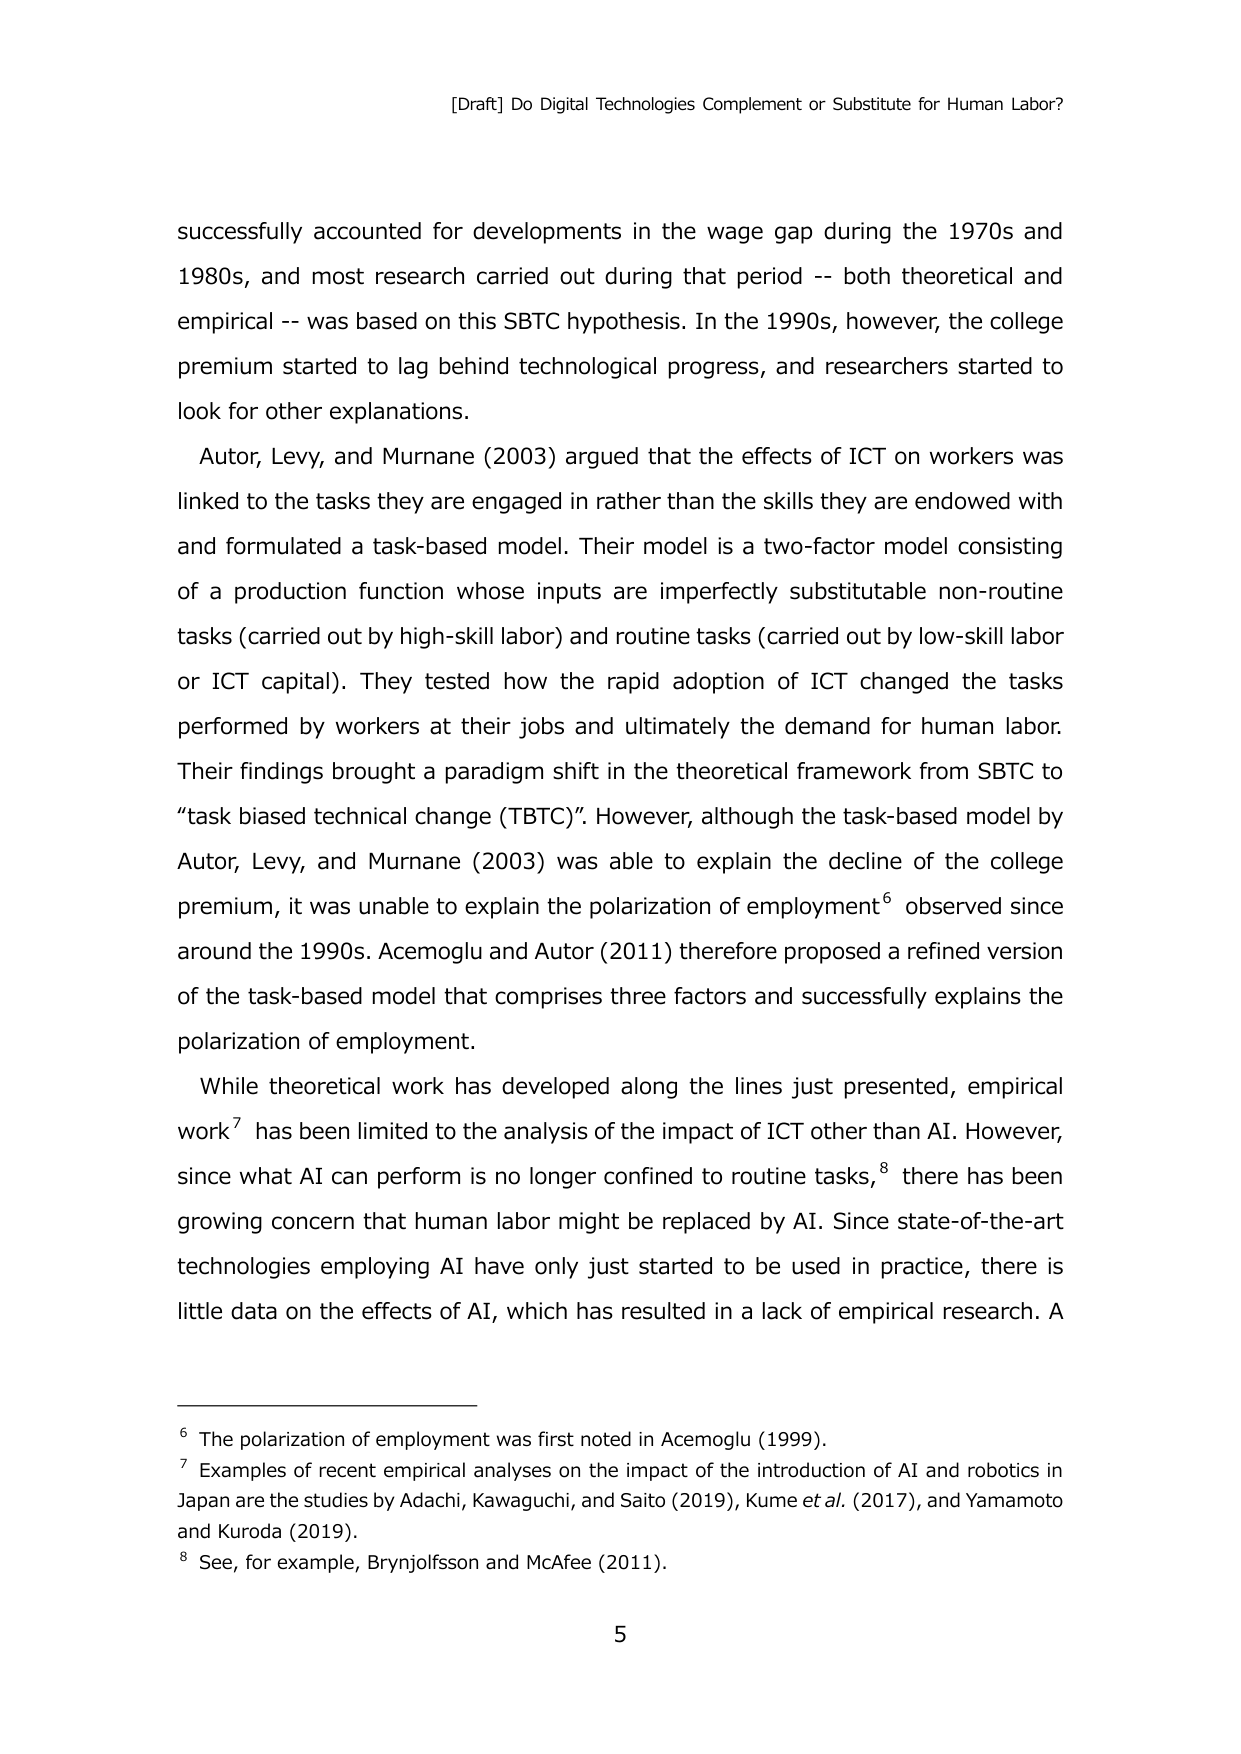
[Draft] Do Digital Technologies Complement or Substitute for Human Labor?

successfully accounted for developments in the wage gap during the 1970s and 1980s, and most research carried out during that period -- both theoretical and empirical -- was based on this SBTC hypothesis. In the 1990s, however, the college premium started to lag behind technological progress, and researchers started to look for other explanations.

Autor, Levy, and Murnane (2003) argued that the effects of ICT on workers was linked to the tasks they are engaged in rather than the skills they are endowed with and formulated a task-based model. Their model is a two-factor model consisting of a production function whose inputs are imperfectly substitutable non-routine tasks (carried out by high-skill labor) and routine tasks (carried out by low-skill labor or ICT capital). They tested how the rapid adoption of ICT changed the tasks performed by workers at their jobs and ultimately the demand for human labor. Their findings brought a paradigm shift in the theoretical framework from SBTC to “task biased technical change (TBTC)”. However, although the task-based model by Autor, Levy, and Murnane (2003) was able to explain the decline of the college premium, it was unable to explain the polarization of employment⁶ observed since around the 1990s. Acemoglu and Autor (2011) therefore proposed a refined version of the task-based model that comprises three factors and successfully explains the polarization of employment.

While theoretical work has developed along the lines just presented, empirical work⁷ has been limited to the analysis of the impact of ICT other than AI. However, since what AI can perform is no longer confined to routine tasks,⁸ there has been growing concern that human labor might be replaced by AI. Since state-of-the-art technologies employing AI have only just started to be used in practice, there is little data on the effects of AI, which has resulted in a lack of empirical research. A

⁶ The polarization of employment was first noted in Acemoglu (1999).
⁷ Examples of recent empirical analyses on the impact of the introduction of AI and robotics in Japan are the studies by Adachi, Kawaguchi, and Saito (2019), Kume et al. (2017), and Yamamoto and Kuroda (2019).
⁸ See, for example, Brynjolfsson and McAfee (2011).

5